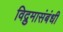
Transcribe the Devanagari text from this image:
विद्रुमासंबंधी